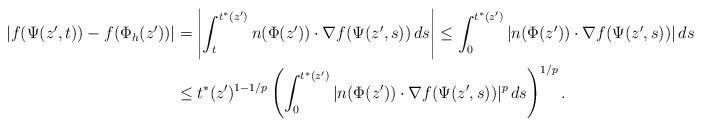
LaTeX: \begin{align*}|f(\Psi(z', t)) - f(\Phi_h(z'))| &= \left| \int_t^{t^*(z')} n(\Phi(z'))\cdot \nabla f(\Psi(z', s)) \, ds \right| \le \int_0^{t^*(z')} |n(\Phi(z')) \cdot \nabla f(\Psi(z', s))| \, ds \\&\le t^*(z')^{1- 1/p} \left( \int_0^{t^*(z')} |n(\Phi(z')) \cdot \nabla f(\Psi(z', s))|^p \, ds \right)^{1/p}.\end{align*}